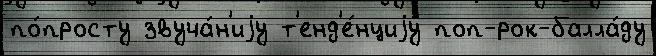
по́просту звуча́н'иjу т'енд'е́нциjу поп-рок-балла́ду